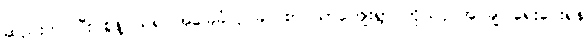
ဆည်းကပ်ပြီး စွန့်ပယ်၍ အခြေခံလုပ်ခလစာ သာကျေးရွာ ကိုယ်ပိုင်အုပ်ချုပ်ရေးပေးရန်